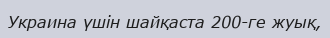
Украина үшін шайқаста 200-ге жуық,